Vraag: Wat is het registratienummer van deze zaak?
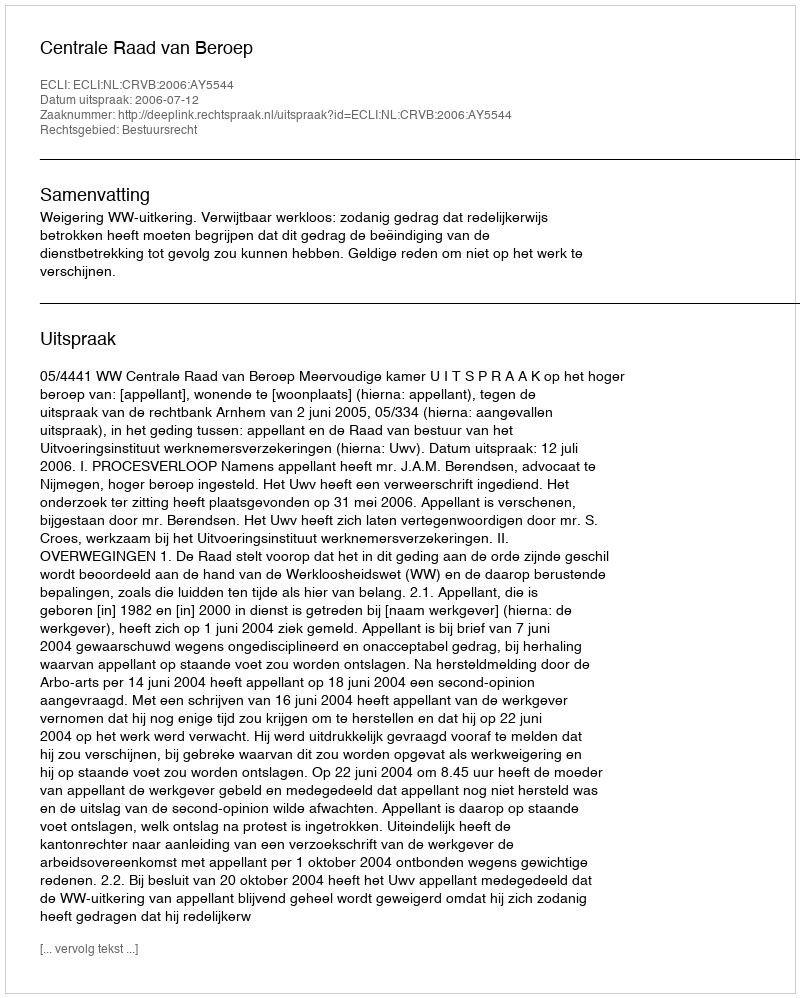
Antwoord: http://deeplink.rechtspraak.nl/uitspraak?id=ECLI:NL:CRVB:2006:AY5544